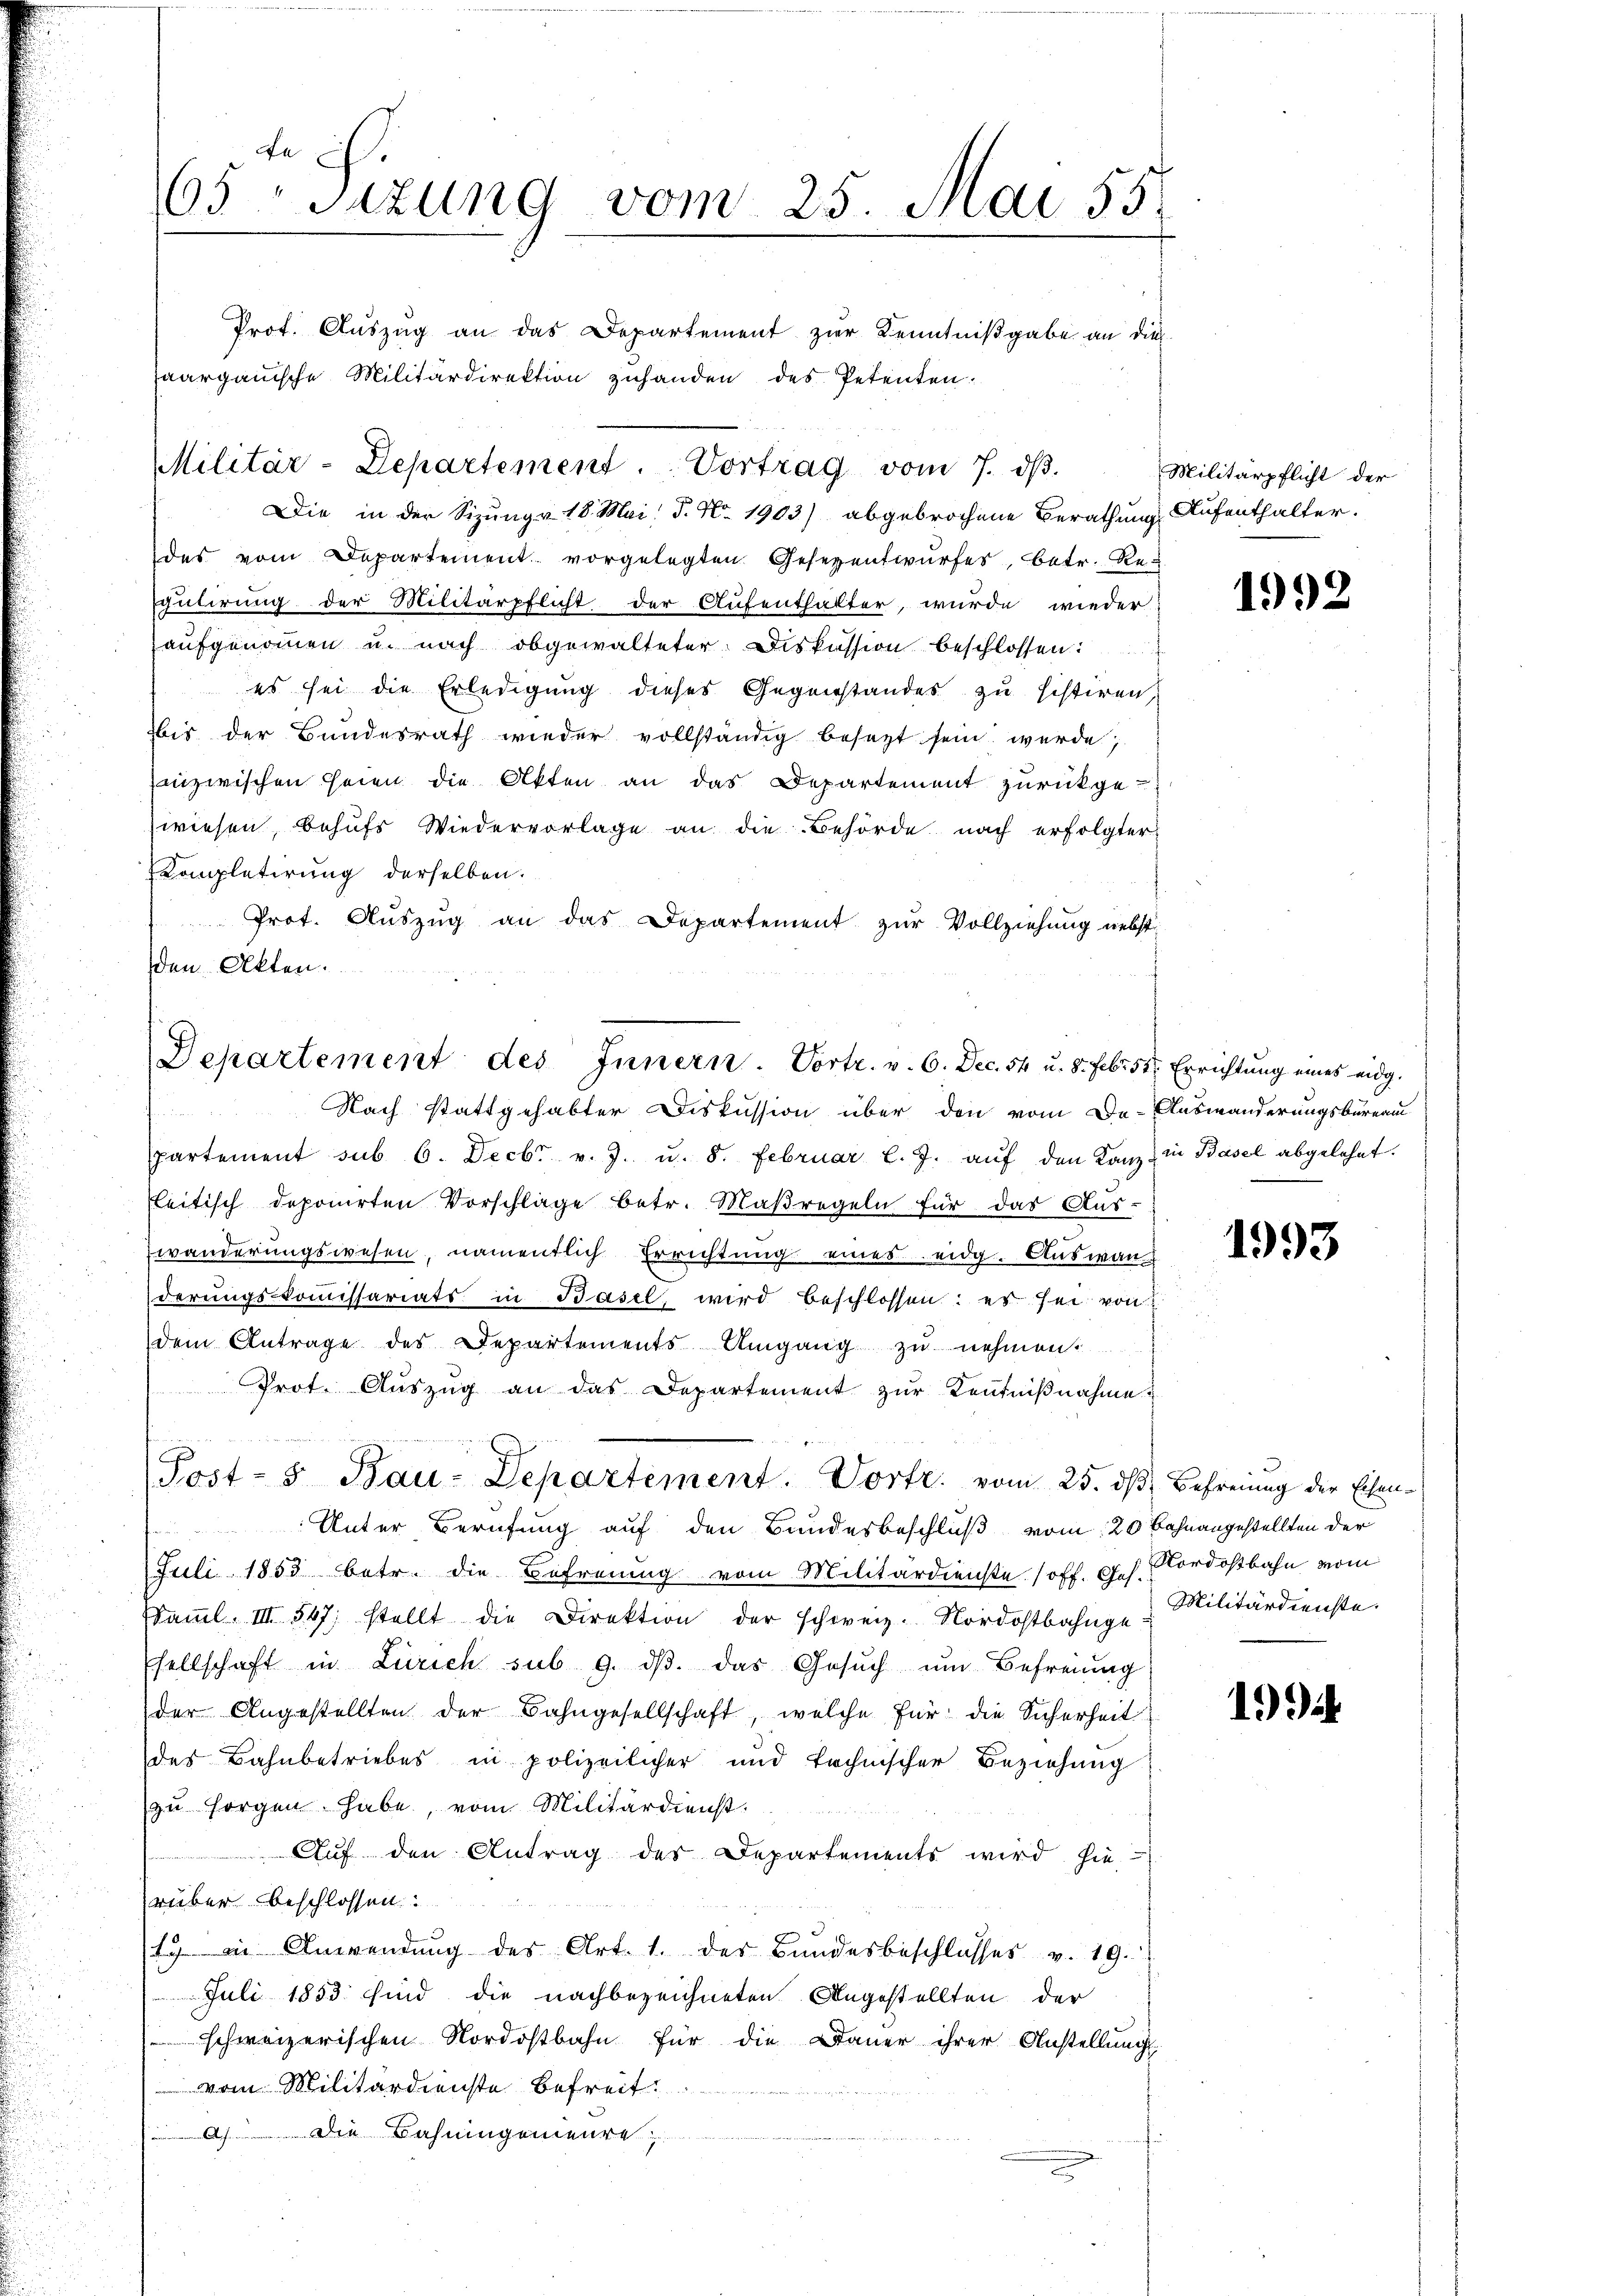
e
65 Sizung vom 25. Mai 55.
Prot. Auszug an das Departement zur Kenntnißgabe an dies
aargauische Militärdirektion zuhanden des Petenten.

Militär-Departement. Vortrag vom 7. dβ.
Die in der Sizung v. 18. Mai: P. Nr. 1903) abgebrochene Berathung Aufenthalter.

des vom Departement vorgelegten Gesezentwurfes, betr. Re
Fulirung der Militärpflicht der Aufenthalter, wurde wieder
aufgenommen u. nach obgewalteter. Diskussion beschlossen:
es sei die Erledigung dieses Gegenstandes zu histiren,
Bis der Bŭndesrath wieder vollständig besezt sein werde;
inzwischen seien die Akten an das Departement zurückge-
wiesen, behufs Wiedervorlage an die Behörde nach erfolgter
Completirung derselben.
Prot. Aŭszŭg an das Departement zŭr Vollziehung nebst
den Akten.
partement sub 6. Decbr v. J. u. 8. Februar l. J. aŭf den Kanz in Basel abgelehnt.
fleitisch deponirten Vorschläge betr. Maβregeln für das Aus-
wänderungswesen, namentlich Errichtung eines eidg. Auswanderungskommissariats in Basel, wird beschlossen: es sei von
dem Antrage des Departements Umgang zŭ nehmen.
Prot. Auszug an das Departement zur Kenntnißnahme u

Post- & Bau-Departement. Vortr. vom 25. dß. Befreiung der Eisen-
Unter Berufung auf den Bundesbeschluß vom 20 Bahnangestellten der
t
Juli 1853 betr. die Befreung vom Militärdienste off. Ges. Nordostbahn vom
Saṁl. III 547, stellt die Direktion der schweiz. Nordostbahnge
Esellschaft in Zürich sub 9. dβ. das Gesŭch ŭm Befreiung
der Angestellten der Bahngesellschaft, welche für die Sicherheit
des Bahnbetriebes in polizeilicher und technischer Beziehung
zu sorgen habe, vom Militärdienst.
Aŭf den Antrag der Departements wird hie
rüber beschlossen:
ty in Anwendung des Art. 1. der Bundesbeschlosses v. 19.
Juli 1853 sind die nachbezeichneten Angestellten der
schweizerischen Nordostbahn für die Dauer ihrer Anstellungs-
vom Militärdienste Befreit
 Ach Die Bahningemente

Departement des Innern. Vortr. v. 6. Dec. 54 u. 8. Feb. 51. Errichtung eines eidg.
Nach stattgehabter Diskussion über den vom De-Auswanderungsbureau

Militärpflicht der

1992

1993

Militärdienste.

1